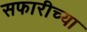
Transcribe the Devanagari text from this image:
सफारीच्या